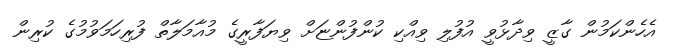
އެހެންކަމުން ގާޒީ ވިދާޅުވީ އުފުލި ވިއްކި ކުންފުންޏަށް ވިޔަފާރީގެ މުއާމަލާތް ފުރިހަމަވުމުގެ ކުރިން